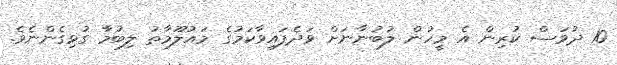
10 ދުވަސް ކުރިން އެ މީހުން ލުބުނާނަށް ވަދެފައިވާކަމުގެ މައުލޫމާތު ލިބުމާ ގުޅިގެންނެވެ.